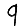
Digit: 9